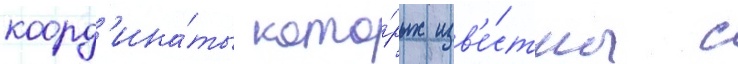
коорд'ина́ты кото́рых изв'е́стны с